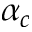
\alpha _ { c }